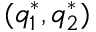
( q _ { 1 } ^ { * } , q _ { 2 } ^ { * } )